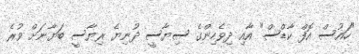
"ހައުސް އޮފް ކާޑްސް" އާއި ދިވެހިންގެ ސިޔާސީ ދުނިޔެ ރިޔާސީ ބަޔާނަށް ވުރެ